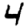
Digit: 4